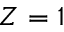
Z = 1